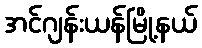
အင်ဂျန်းယန်မြို့နယ်